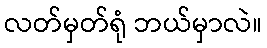
လတ်မှတ်ရုံ ဘယ်မှာလဲ။